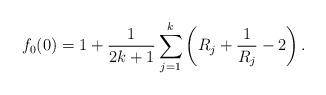
LaTeX: \begin{align*}f_0(0) = 1 + \frac{1}{2k+1}\sum_{j=1}^k\left(R_j + \frac{1}{R_j} -2\right).\end{align*}